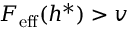
F _ { \mathrm { e f f } } ( h ^ { * } ) > v